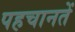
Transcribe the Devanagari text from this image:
पहचानतें